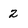
Character: 2